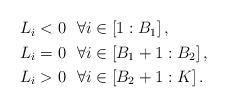
LaTeX: \begin{align*}\begin{aligned}L_i&<0 ~~\forall i\in\left[1:B_{1}\right], \\L_i&=0 ~~\forall i\in\left[B_{1}+1:B_{2}\right],\\L_i&>0 ~~ \forall i\in\left[B_{2}+1:K\right].\end{aligned}\end{align*}